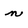
Character: n